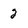
Character: 2